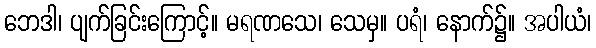
ဘေဒါ၊ ပျက်ခြင်းကြောင့်။ မရဏသေ၊ သေမှ။ ပရံ၊ နောက်၌။ အပါယံ၊